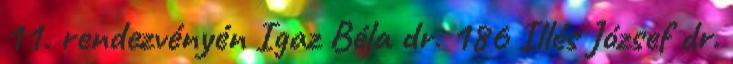
11. rendezvényén Igaz Béla dr. 186 Illés József dr.